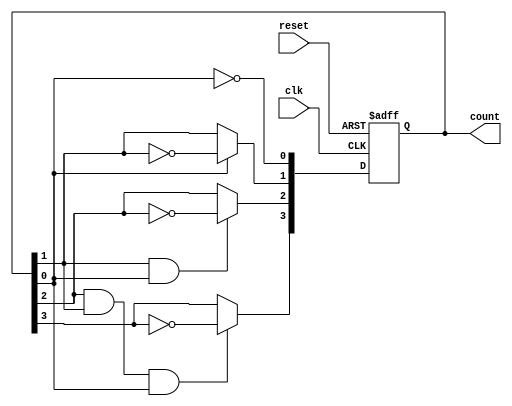
module async_ripple_counter #(
    parameter n = 4  // Number of bits for the counter
)(
    input wire clk,          // Clock input for the first flip-flop
    input wire reset,        // Asynchronous reset signal
    output reg [n-1:0] count // n-bit counter output
);

// Sequential block to implement the asynchronous ripple counter
always @(posedge clk or posedge reset) begin
    if (reset) begin
        count <= 0;  // Reset the counter to zero
    end else begin
        // Ripple counting logic
        count[0] <= ~count[0];  // Toggle the least significant bit
        count[1] <= count[0] ? ~count[1] : count[1]; // Toggle if LSB goes from 1 to 0
        count[2] <= count[1] & count[0] ? ~count[2] : count[2]; // Toggle if second LSB goes from 1 to 0
        count[3] <= count[2] & count[1] & count[0] ? ~count[3] : count[3]; // Toggle if third LSB goes from 1 to 0
        // Add more lines as necessary for additional bits
    end
end

endmodule